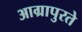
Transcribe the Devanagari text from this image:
आग्रापुरते